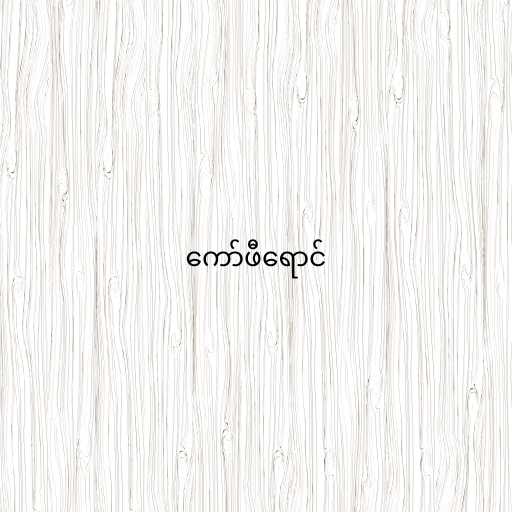
ကော်ဖီရောင်